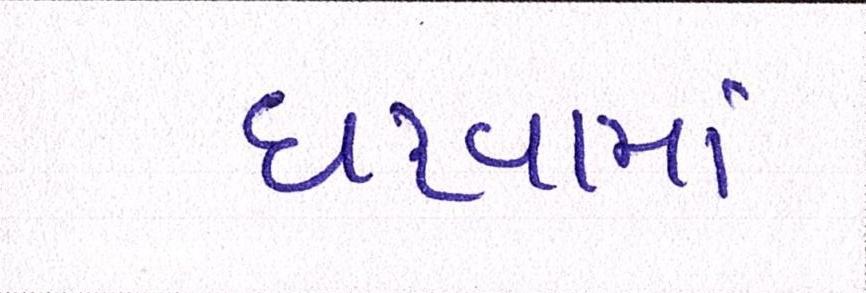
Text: ધરવામાં